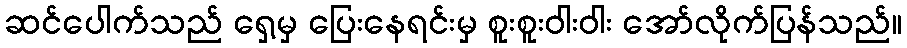
ဆင်ပေါက်သည် ရှေ့မှ ပြေးနေရင်းမှ စူးစူးဝါးဝါး အော်လိုက်ပြန်သည်။